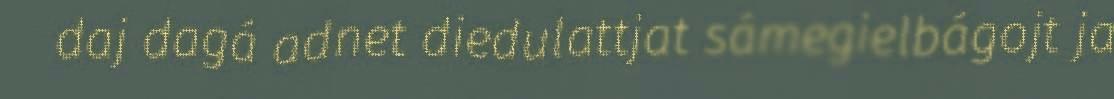
daj dagá adnet diedulattjat sámegielbágojt ja